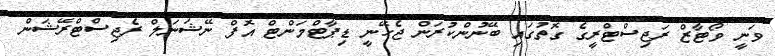
ވަނީ ވޯޓާޒް ރަޖިސްޓްރީގެ ގޮތުގައި ބޭނުންކުރަން ޖެހޭނީ ޑިޕާޓްމަންޓް އޮފް ނޭޝަނަލް ރެޖިސްޓްރޭޝަން